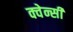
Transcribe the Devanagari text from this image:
क्वेन्सी